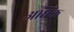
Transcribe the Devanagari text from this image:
अधिंक